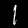
Label: 1